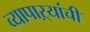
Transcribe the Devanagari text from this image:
व्यापाऱ्यांची